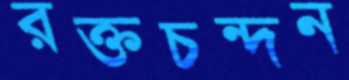
রক্তচন্দন